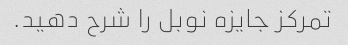
تمرکز جایزه نوبل را شرح دهید.